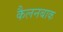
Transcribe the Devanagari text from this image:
कैलनबाक